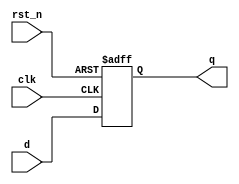
module rtl(
	input	clk,
	input 	rst_n,
	input 	d,
	output	q
);
	
	reg q_reg;

	always @(posedge clk or negedge rst_n) begin
		if(rst_n == 0)
			q_reg <= 1'b0;
		else
			q_reg <= d;
	end

	assign q = q_reg;

endmodule